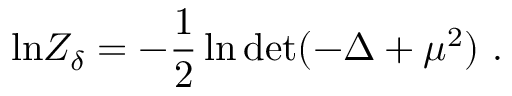
\mathrm { l n } Z _ { \delta } = - { \frac { 1 } { 2 } } \ln \mathrm { d e t } ( - \Delta + \mu ^ { 2 } ) ~ .